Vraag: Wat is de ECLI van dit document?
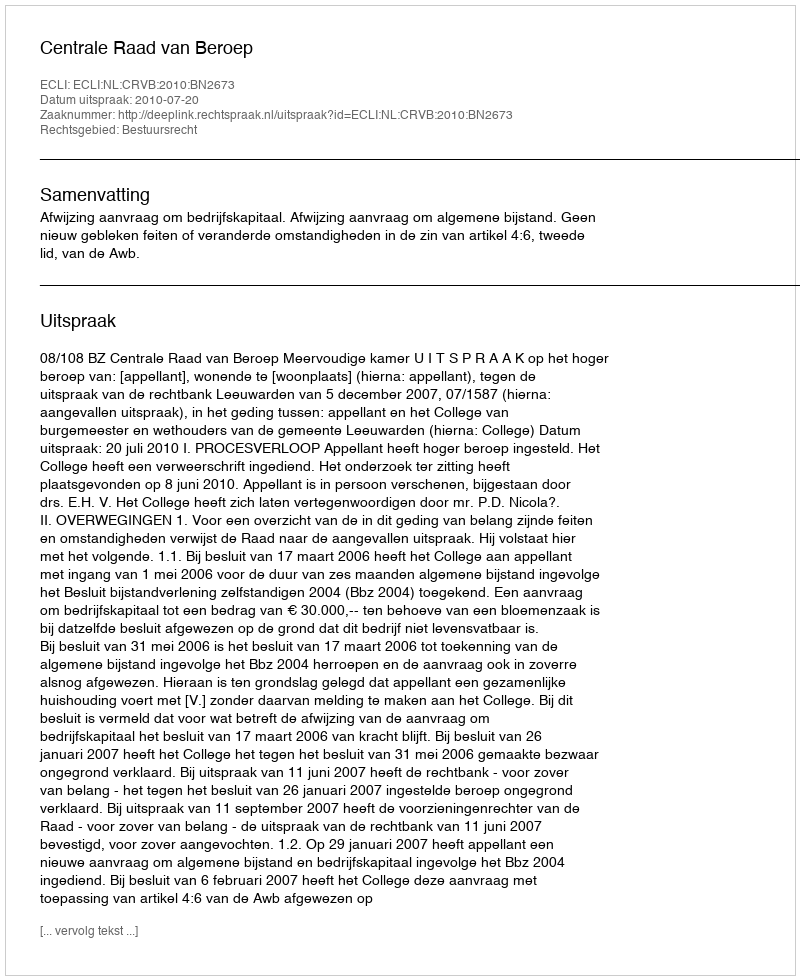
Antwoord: ECLI:NL:CRVB:2010:BN2673